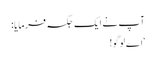
آپ نے ایک جگہ فرمایا:
‘اے لوگو!